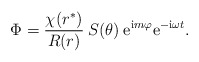
\begin{align*}\Phi = \frac{\chi(r^*)}{R(r)} \: S(\theta) \: \mbox{e}^{\mbox{\scriptsize i} m \varphi} \mbox{e}^{- \mbox{\scriptsize i} \omega t} .\end{align*}